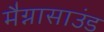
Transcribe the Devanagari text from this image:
मैग्नासाउंड